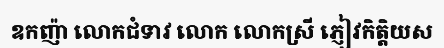
ឧកញ៉ា លោកជំទាវ លោក លោកស្រី ភ្ញៀវកិត្តិយស